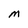
Character: M